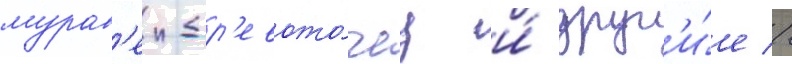
мурав'еи-др'евото́чец и́ друг'и́е //